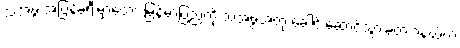
သံအဖွဲ့ အပြန်ခရီးမှာတော့ မြန်မာပြည်ကို သံအဖွဲ့အတု ခေါင်းဆောင်သွားခဲ့တဲ့ ဝနယ်က